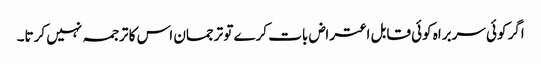
اگر کوئی سربراہ کوئی قابل اعتراض بات کرے تو ترجمان اس کا ترجمہ نہیں کرتا۔